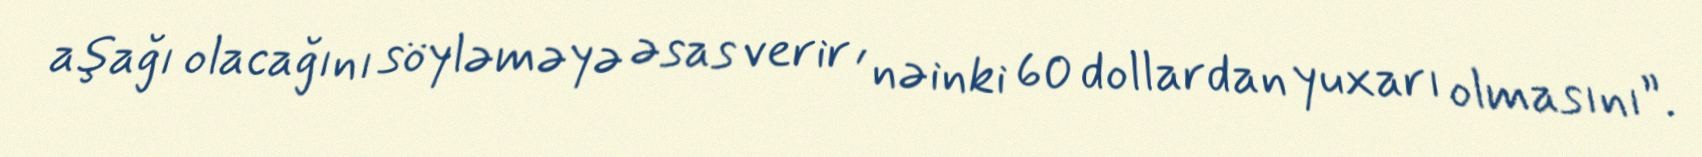
aşağı olacağını söyləməyə əsas verir , nəinki 60 dollardan yuxarı olmasını”.